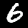
Digit: 6